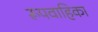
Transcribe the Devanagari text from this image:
रूपवाहिका